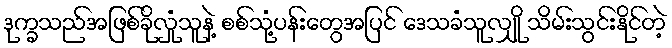
ဒုက္ခသည်အဖြစ်ခိုလှုံသူနဲ့ စစ်သုံ့ပန်းတွေအပြင် ဒေသခံသူလျှို သိမ်းသွင်းနိုင်တဲ့